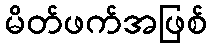
မိတ်ဖက်အဖြစ်